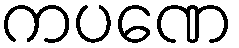
ကပဏေ